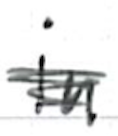
Text: in
Cross-out: scratch
Writing tool: ballpoint